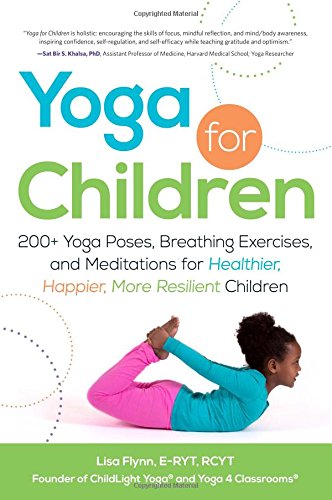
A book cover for Yoga for Children: 200+ Yoga Poses, Breathing Exercises, and Meditations for Healthier, Happier, More Resilient Children; Lisa Flynn; Parenting & Relationships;